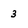
Character: 3